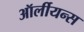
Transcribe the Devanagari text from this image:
ऑर्लीयन्स